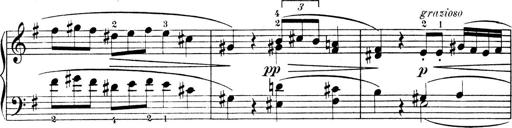
Title: 4 Sonatines
Composer: Max Reger